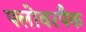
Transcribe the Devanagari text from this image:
फ्लोवरपैक